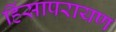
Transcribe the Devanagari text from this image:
हिंसापरायण